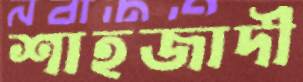
শাহজাদী